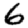
Digit: 6